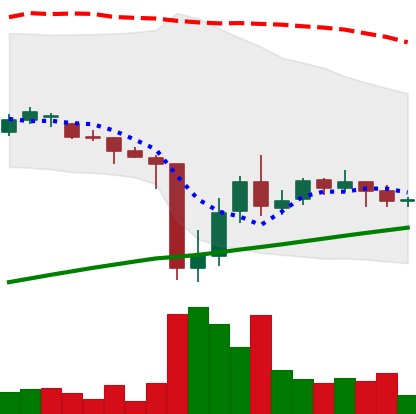
Ticker: DOGE-USD
Chart end date: 2021-07-02
Forward return: -8.618%
Label: down_7plus